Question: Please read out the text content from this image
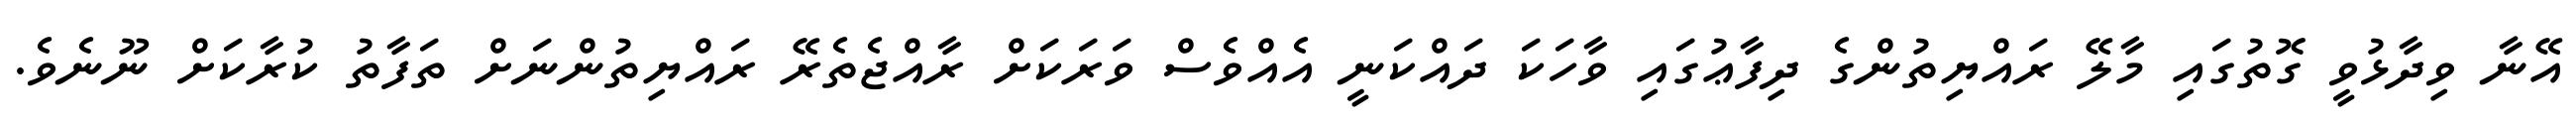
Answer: އޭނާ ވިދާޅުވީ ގޮތުގައި މާލޭ ރައްޔިތުންގެ ދިފާޢުގައި ވާހަކަ ދައްކަނީ އެއްވެސް ވަރަކަށް ރާއްޖެތެރޭ ރައްޔިތުންނަށް ތަފާތު ކުރާކަށް ނޫނެވެ.